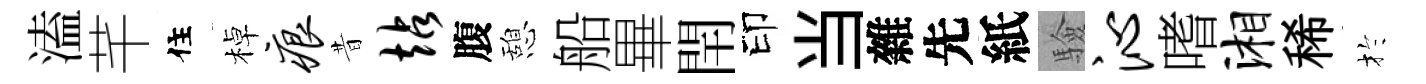
溘芊住棹痕昔站腹憩船畢閈印当雜先紙驗沁嗜湘稀扵